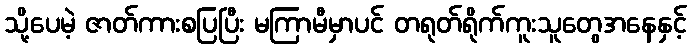
သို့ပေမဲ့ ဇာတ်ကားစပြပြီး မကြာမီမှာပင် တရုတ်ရိုက်ကူးသူတွေအနေနှင့်